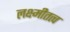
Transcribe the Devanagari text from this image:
लक्ष्मीतत्व